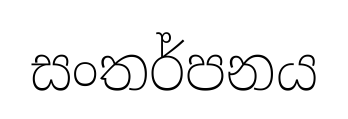
සංතර්පනය